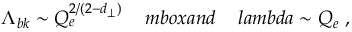
\Lambda _ { b k } \sim Q _ { e } ^ { 2 / ( 2 - d _ { \perp } ) } \ \ \ \, m b o x { a n d } \ \ \ \, l a m b d a \sim Q _ { e } \ ,